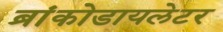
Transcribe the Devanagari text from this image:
ब्रांकोडायलेटर